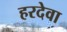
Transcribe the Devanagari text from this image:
हरदेवा